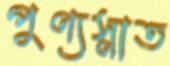
পুণ্যস্নাত